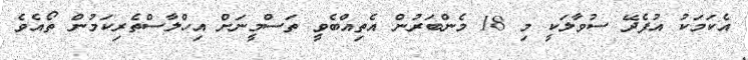
އެކަމަކު އުފެދޭ ސުވާލަކީ މި 18 މެންބަރުން އެތިއްބެވީ ތަސްމީނަށް އިހްލާސްތެރިކަމުން ތޯއެވެ